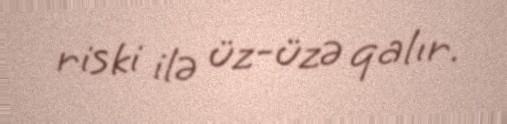
riski ilə üz-üzə qalır.